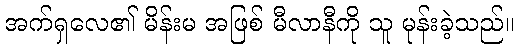
အက်ရှလေ၏ မိန်းမ အဖြစ် မီလာနီကို သူ မုန်းခဲ့သည်။